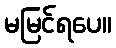
မမြင်ရပေ။